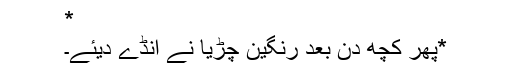
*
*پھر کچھ دن بعد رنگین چڑیا نے انڈے دیئے۔